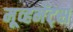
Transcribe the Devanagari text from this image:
मूव्हमेंट्स